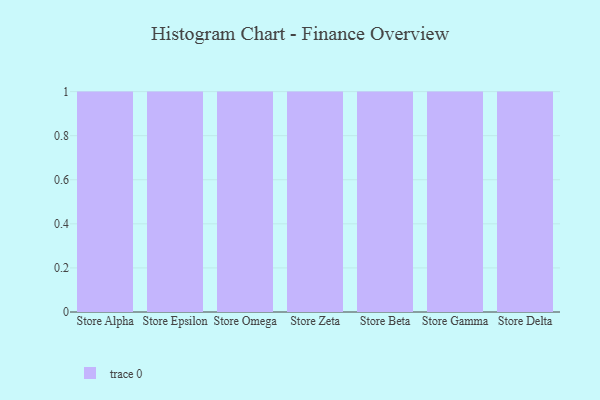
{"axis": {"x": "Store", "y": "Churn Rate (%)"}, "legend": [""], "data": [{"x": "Store Alpha", "y": 97, "type": ""}, {"x": "Store Epsilon", "y": 42, "type": ""}, {"x": "Store Omega", "y": 76, "type": ""}, {"x": "Store Zeta", "y": 6, "type": ""}, {"x": "Store Beta", "y": 1, "type": ""}, {"x": "Store Gamma", "y": 86, "type": ""}, {"x": "Store Delta", "y": 70, "type": ""}]}